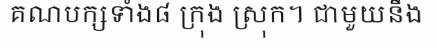
គណបក្សទាំង៨ ក្រុង ស្រុក។ ជាមួយនឹង